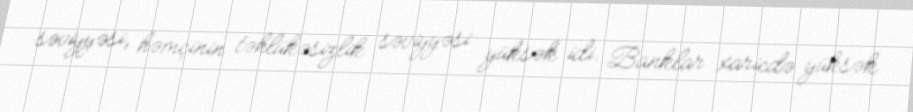
səviyyəsi, həmçinin təhlükəsizlik səviyyəsi yüksək idi. Banklar xaricdə yüksək